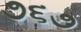
૭૬૭